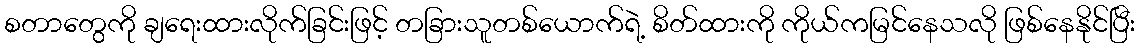
စတာတွေကို ချရေးထားလိုက်ခြင်းဖြင့် တခြားသူတစ်ယောက်ရဲ့ စိတ်ထားကို ကိုယ်ကမြင်နေသလို ဖြစ်နေနိုင်ပြီး